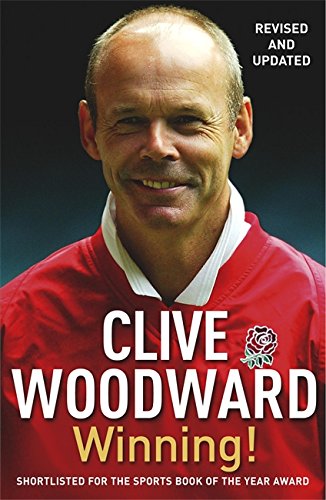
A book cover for Winning!; Clive Woodward; Sports & Outdoors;